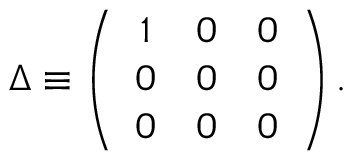
\Delta \equiv \left( \begin{array} { c c c } { { 1 } } & { { 0 } } & { { 0 } } \\ { { 0 } } & { { 0 } } & { { 0 } } \\ { { 0 } } & { { 0 } } & { { 0 } } \end{array} \right) .